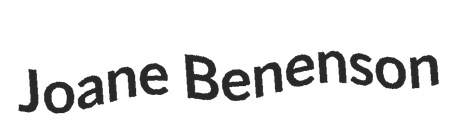
Joane Benenson